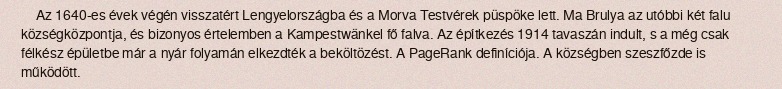
Az 1640-es évek végén visszatért Lengyelországba és a Morva Testvérek püspöke lett. Ma Brulya az utóbbi két falu községközpontja, és bizonyos értelemben a Kampestwänkel fő falva. Az építkezés 1914 tavaszán indult, s a még csak félkész épületbe már a nyár folyamán elkezdték a beköltözést. A PageRank definíciója. A községben szeszfőzde is működött.